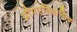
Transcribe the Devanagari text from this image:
प्रौगएतिहासिक